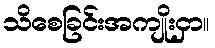
သိစေခြင်းအကျိုးငှာ။